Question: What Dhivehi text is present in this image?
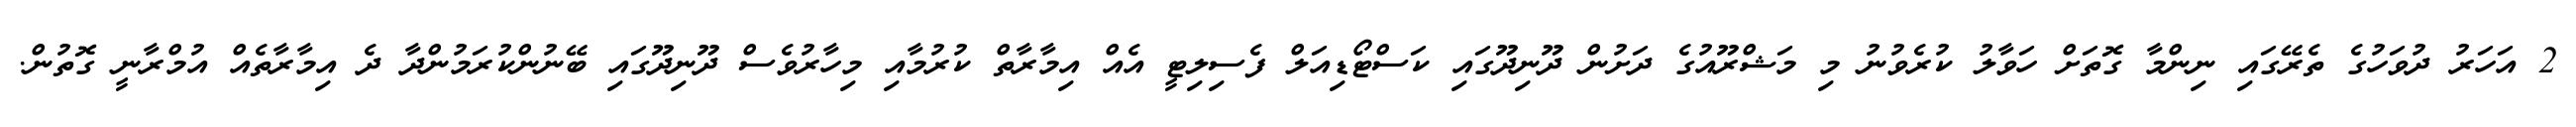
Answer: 2 އަހަރު ދުވަހުގެ ތެރޭގައި ނިންމާ ގޮތަށް ހަވާލު ކުރެވުނު މި މަޝްރޫއުގެ ދަށުން ދޫނިދޫގައި ކަސްޓޯޑިއަލް ފެސިލިޓީ އެއް އިމާރާތް ކުރުމާއި މިހާރުވެސް ދޫނިދޫގައި ބޭނުންކުރަމުންދާ ދެ އިމާރާތެއް އުމްރާނީ ގޮތުން.